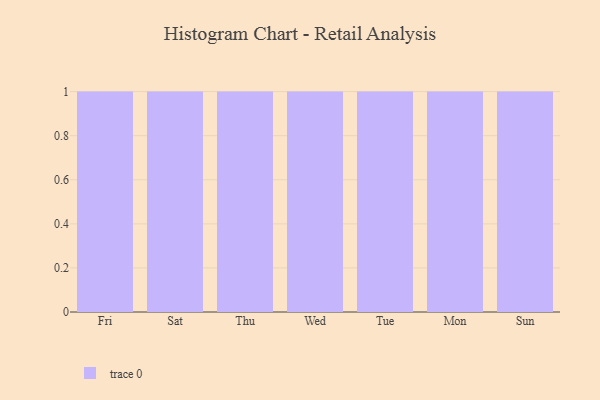
{"axis": {"x": "Day", "y": "Gross Profit (USD K)"}, "legend": [""], "data": [{"x": "Fri", "y": 71, "type": ""}, {"x": "Sat", "y": 98, "type": ""}, {"x": "Thu", "y": 69, "type": ""}, {"x": "Wed", "y": 75, "type": ""}, {"x": "Tue", "y": 35, "type": ""}, {"x": "Mon", "y": 34, "type": ""}, {"x": "Sun", "y": 42, "type": ""}]}